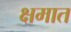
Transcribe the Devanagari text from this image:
क्षमात